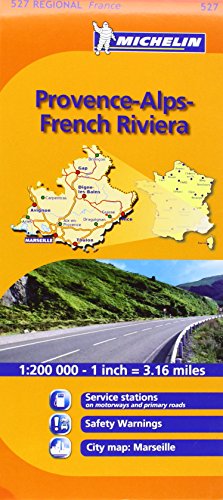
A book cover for Michelin Map France: Provence French Riviera 527 (Maps/Regional (Michelin)) (English and French Edition); Michelin; Travel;